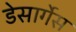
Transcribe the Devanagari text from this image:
डेसार्गेस